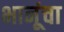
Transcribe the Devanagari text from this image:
भानूंचा